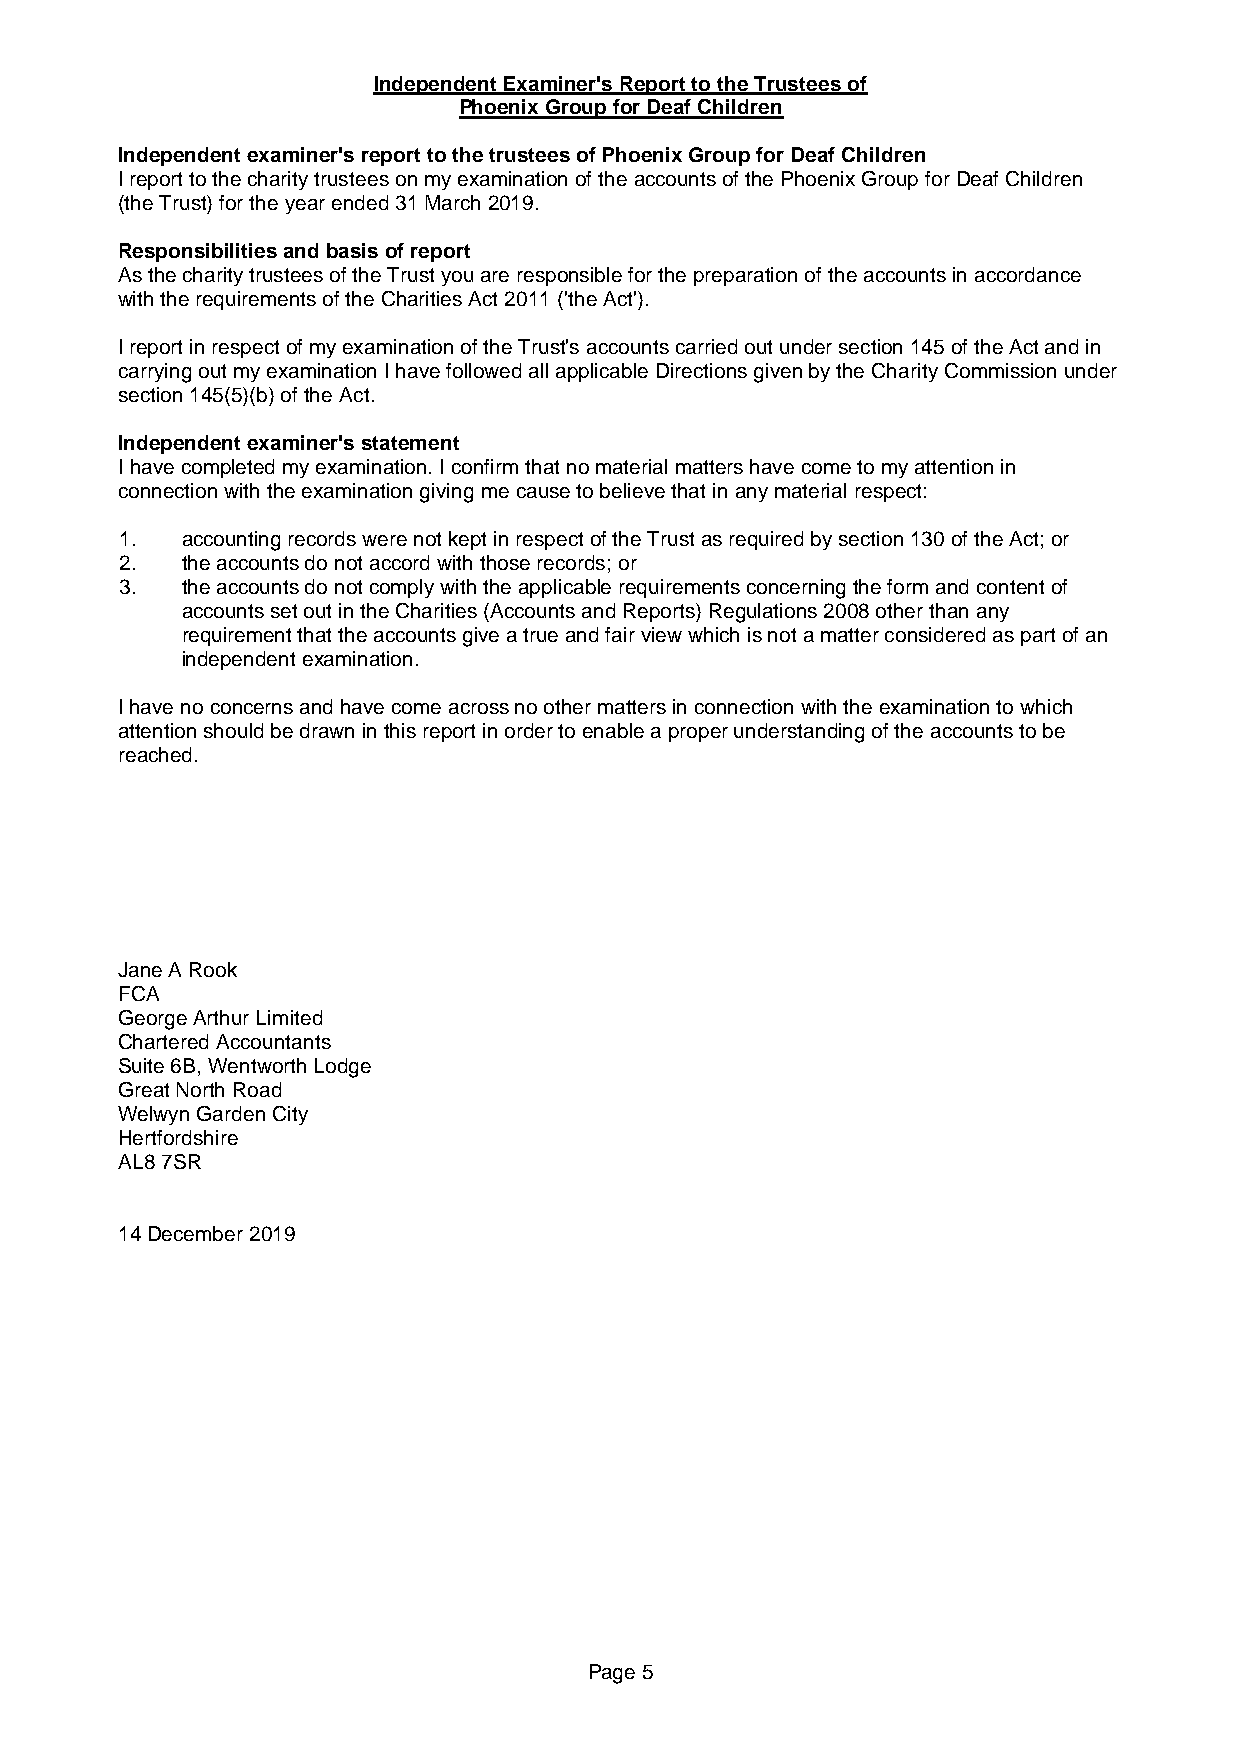
Independent Examiner's Report to the Trustees of
 Phoenix Group for Deaf Children
 Independent examiner's report to the trustees of Phoenix Group for Deaf Children
 I report to the charity trustees on my examination of the accounts of the Phoenix Group for Deaf Children
 (the Trust) for the year ended 31 March 2019.
 Responsibilities and basis of report
 As the charity trustees of the Trust you are responsible for the preparation of the accounts in accordance
 with the requirements of the Charities Act 2011 ('the Act').
 I report in respect of my examination of the Trust's accounts carried out under section 145 of the Act and in
 carrying out my examination I have followed all applicable Directions given by the Charity Commission under
 section 145(5)(b) of the Act.
 Independent examiner's statement
 I have completed my examination. I confirm that no material matters have come to my attention in
 connection with the examination giving me cause to believe that in any material respect:
 1.  accounting records were not kept in respect of the Trust as required by section 130 of the Act; or
 2.  the accounts do not accord with those records; or
 3.  the accounts do not comply with the applicable requirements concerning the form and content of
 accounts set out in the Charities (Accounts and Reports) Regulations 2008 other than any
 requirement that the accounts give a true and fair view which is not a matter considered as part of an
 independent examination.
 I have no concerns and have come across no other matters in connection with the examination to which
 attention should be drawn in this report in order to enable a proper understanding of the accounts to be
 reached.
 Jane A Rook
 FCA
 George Arthur Limited
 Chartered Accountants
 Suite 6B, Wentworth Lodge
 Great North Road
 Welwyn Garden City
 Hertfordshire
 AL8 7SR
 14 December 2019
 Page 5